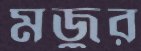
মজুর